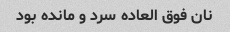
نان فوق العاده سرد و مانده بود